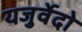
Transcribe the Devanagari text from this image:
यजुर्वेदो